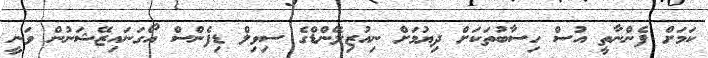
ކަމަށް ފެންނާތީ އުސް ހިސާބުތަކަށް ދިޔުމަށް ނިއުޒިލޭންޑްގެ ސިވިލް ޑިފެންސް އޯގަނައިޒޭޝަނުން ވަނީ